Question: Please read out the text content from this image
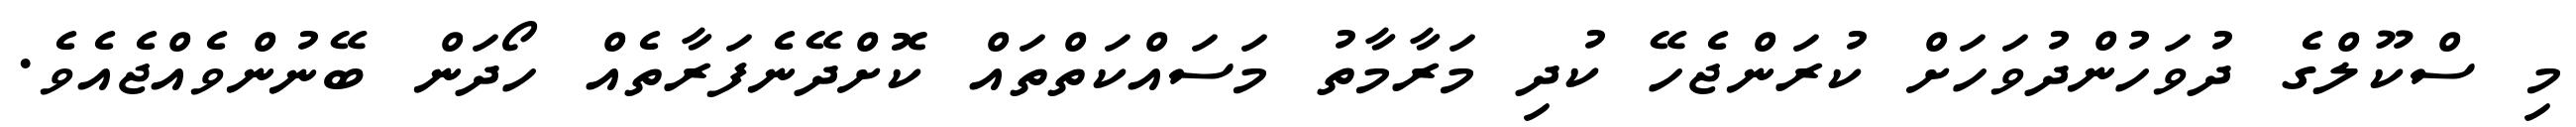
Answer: މި ސްކޫލްގެ ދުވަހުންދުވަހަށް ކުރަންޖެހޭ ކުދި މަރާމާތު މަސައްކަތްތައް ކޮށްދޭނެފަރާތެއް ހޯދަން ބޭނުންވެއްޖެއެވެ.